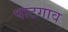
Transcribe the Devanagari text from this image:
पाटगाव